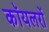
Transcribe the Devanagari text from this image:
कॉयलरों